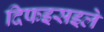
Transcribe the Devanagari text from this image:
दिफइसइले